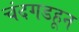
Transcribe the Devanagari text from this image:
चंदगडहून